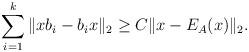
LaTeX: \begin{align*} \sum_{i=1}^k\|xb_i-b_i x\|_2\geq C \|x-E_A(x)\|_2.\end{align*}